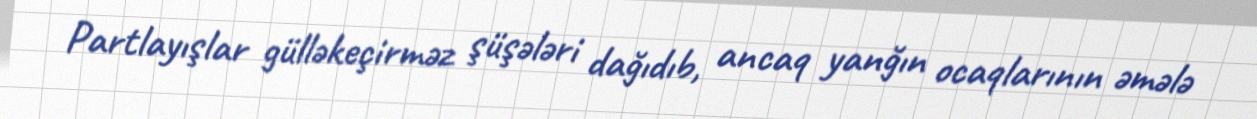
Partlayışlar gülləkeçirməz şüşələri dağıdıb, ancaq yanğın ocaqlarının əmələ